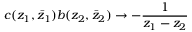
c ( z _ { 1 } , \bar { z } _ { 1 } ) b ( z _ { 2 } , \bar { z } _ { 2 } ) \rightarrow - \frac { 1 } { z _ { 1 } - z _ { 2 } }